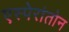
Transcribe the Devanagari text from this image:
एस्पेरांतोन